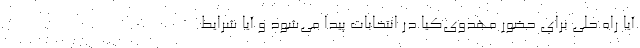
آیا راه حلی برای حضور مهدوی‌کیا در انتخابات پیدا می‌شود و آیا شرایط